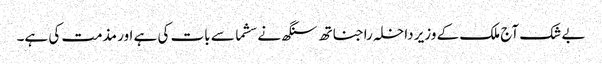
بے شک آج ملک کے وزیر داخلہ راجناتھ سنگھ نے سشما سے بات کی ہے اور مذمت کی ہے۔